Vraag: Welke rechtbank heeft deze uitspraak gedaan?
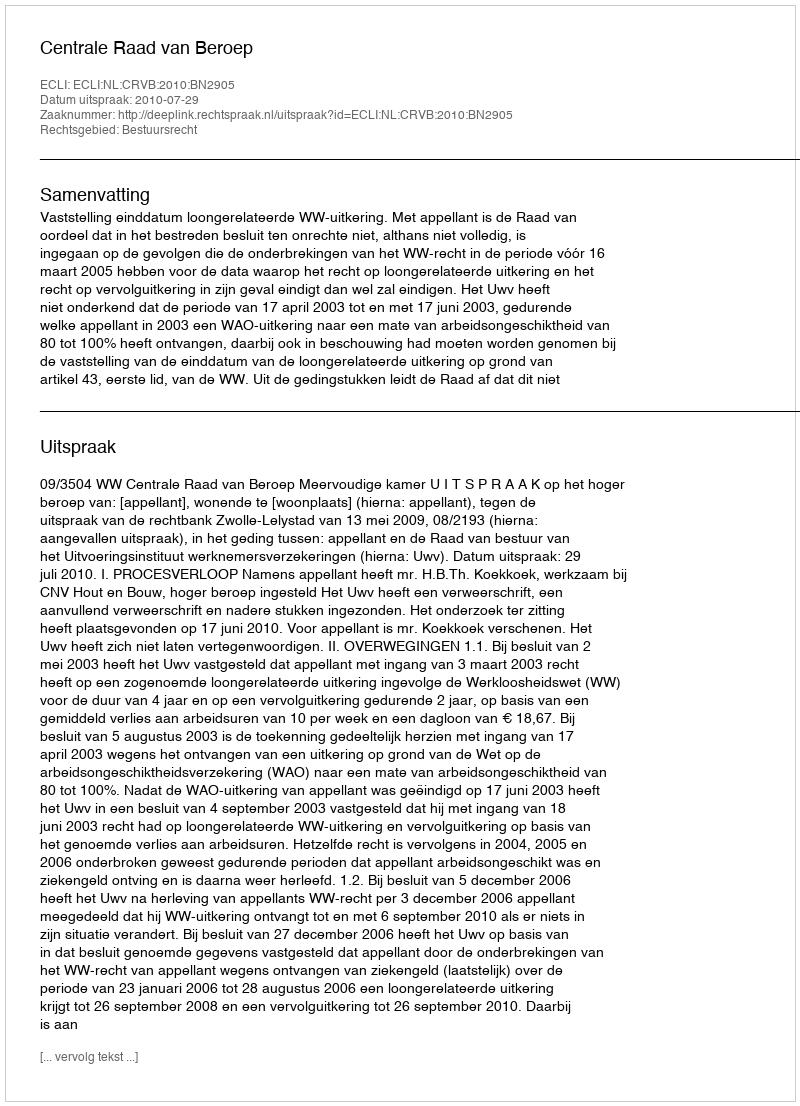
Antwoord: Centrale Raad van Beroep